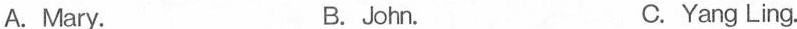
A.Mary. B. John. C. Yang Ling.